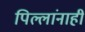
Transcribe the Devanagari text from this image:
पिल्लांनाही